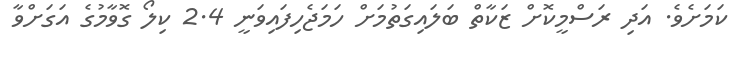
ކަމަށެވެ. އަދި ރަސްމީކޮށް ޒަކާތް ބަލައިގަތުމަށް ހަމަޖެހިފައިވަނީ 2.4 ކިލޯ ގޮވާމުގެ އަގަށްވާ